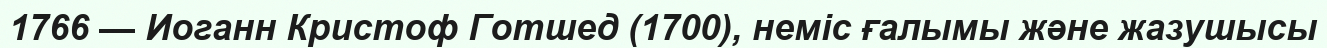
1766 — Иоганн Кристоф Готшед (1700), неміс ғалымы және жазушысы